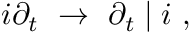
i \partial _ { t } ~ \rightarrow ~ \partial _ { t } \mid i ~ ,